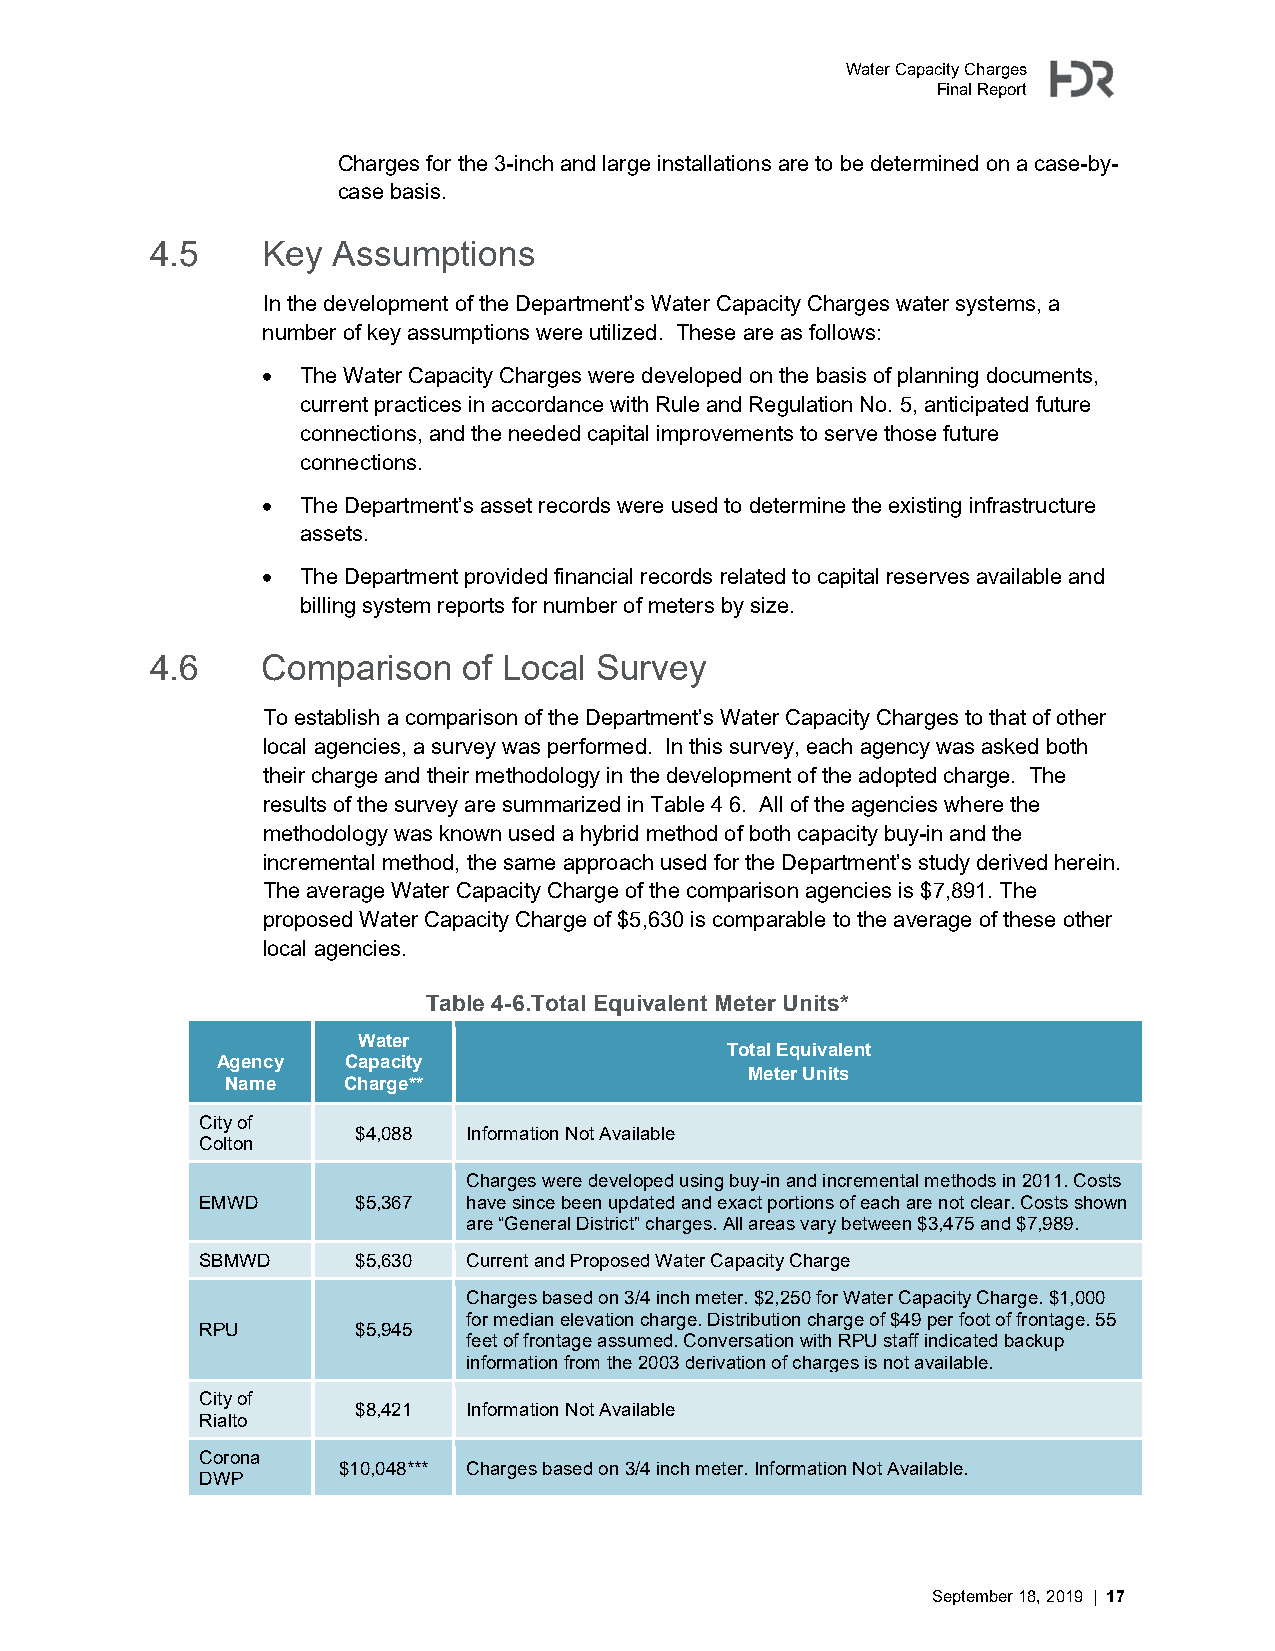
Water Capacity Charges
 Final Report
 Charges for the 3-inch and large installations are to be determined on a case-by-
 case basis.
 4.5    Key  Assumptions
 In the development of the Department’s Water Capacity Charges water systems, a
 number of key assumptions were utilized. These are as follows:
   The Water Capacity Charges were developed on the basis of planning documents,
 current practices in accordance with Rule and Regulation No. 5, anticipated future
 connections, and the needed capital improvements to serve those future
 connections.
   The Department’s asset records were used to determine the existing infrastructure
 assets.
   The Department provided financial records related to capital reserves available and
 billing system reports for number of meters by size.
 4.6    Comparison    of Local Survey
 To establish a comparison of the Department’s Water Capacity Charges to that of other
 local agencies, a survey was performed. In this survey, each agency was asked both
 their charge and their methodology in the development of the adopted charge. The
 results of the survey are summarized in Table 4 6. All of the agencies where the
 methodology was known used a hybrid method of both capacity buy-in and the
 incremental method, the same approach used for the Department’s study derived herein.
 The average Water Capacity Charge of the comparison agencies is $7,891. The
 proposed Water Capacity Charge of $5,630 is comparable to the average of these other
 local agencies.
 Table 4-6.Total Equivalent Meter Units*
 Water
 Total Equivalent
 Agency   Capacity
 Meter Units
 Name    Charge**
 City of
 $4,088 Information Not Available
 Colton
 Charges were developed using buy-in and incremental methods in 2011. Costs
 EMWD       $5,367 have since been updated and exact portions of each are not clear. Costs shown
 are “General District” charges. All areas vary between $3,475 and $7,989.
 SBMWD      $5,630 Current and Proposed Water Capacity Charge
 Charges based on 3/4 inch meter. $2,250 for Water Capacity Charge. $1,000
 for median elevation charge. Distribution charge of $49 per foot of frontage. 55
 RPU        $5,945
 feet of frontage assumed. Conversation with RPU staff indicated backup
 information from the 2003 derivation of charges is not available.
 City of
 $8,421 Information Not Available
 Rialto
 Corona
 $10,048*** Charges based on 3/4 inch meter. Information Not Available.
 DWP
 September 18, 2019 | 17